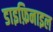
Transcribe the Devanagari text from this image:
डाइफ़िनाइल